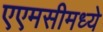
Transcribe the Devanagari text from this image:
एएमसीमध्ये